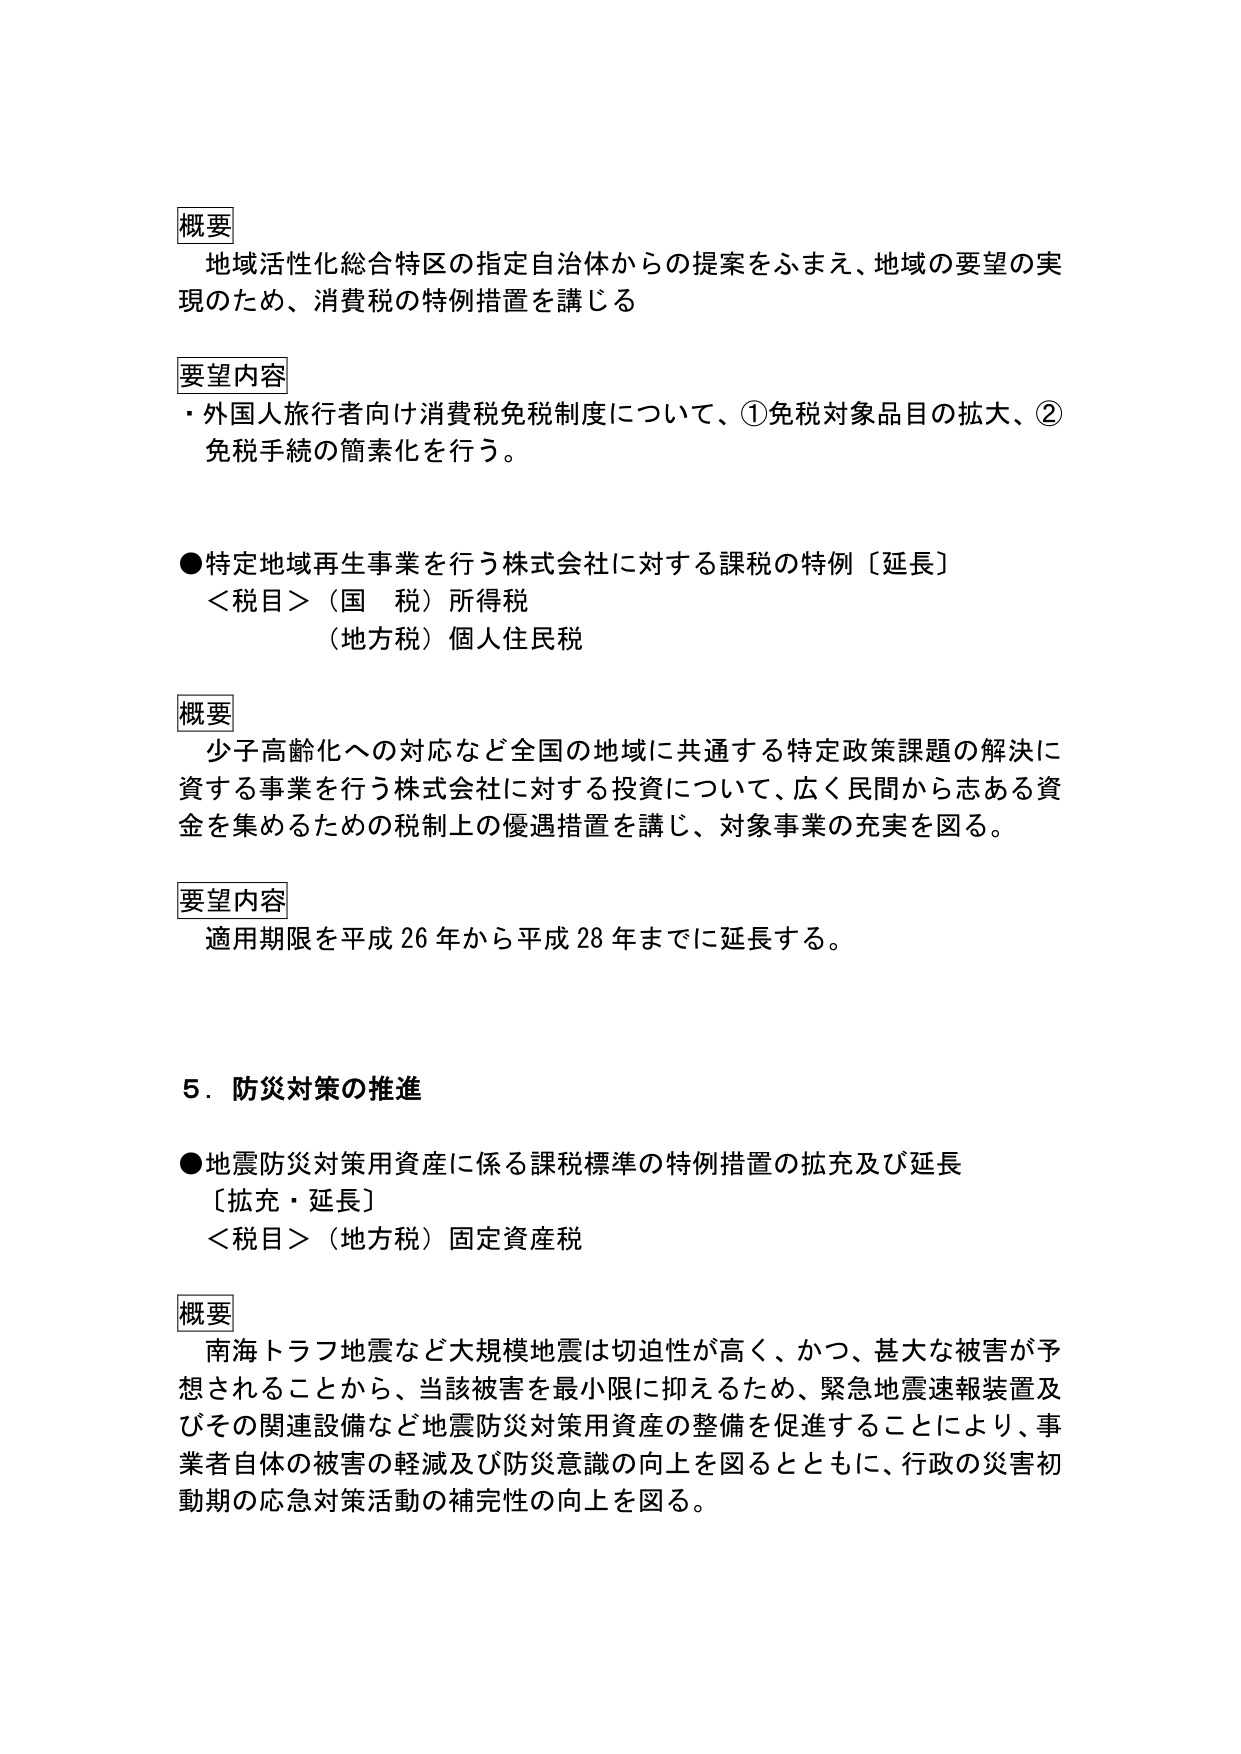
概要
地域活性化総合特区の指定自治体からの提案をふまえ、地域の要望の実現のため、消費税の特例措置を講じる

要望内容
・外国人旅行者向け消費税免税制度について、①免税対象品目の拡大、②免税手続の簡素化を行う。

●特定地域再生事業を行う株式会社に対する課税の特例〔延長〕
＜税目＞（国税）所得税
（地方税）個人住民税

概要
少子高齢化への対応など全国の地域に共通する特定政策課題の解決に資する事業を行う株式会社に対する投資について、広く民間から志ある資金を集めるための税制上の優遇措置を講じ、対象事業の充実を図る。

要望内容
適用期限を平成26年から平成28年までに延長する。

5．防災対策の推進

●地震防災対策用資産に係る課税標準の特例措置の拡充及び延長
〔拡充・延長〕
＜税目＞（地方税）固定資産税

概要
南海トラフ地震など大規模地震は切迫性が高く、かつ、甚大な被害が予想されることから、当該被害を最小限に抑えるため、緊急地震速報装置及びその関連設備など地震防災対策用資産の整備を促進することにより、事業者自体の被害の軽減及び防災意識の向上を図るとともに、行政の災害初期の応急対策活動の補完性の向上を図る。